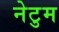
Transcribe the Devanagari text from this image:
नेटुम